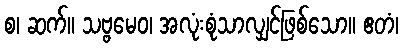
စ၊ ဆက်။ သဗ္ဗမေဝ၊ အလုံးစုံသာလျှင်ဖြစ်သော။ ဧတံ၊